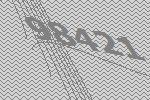
98421